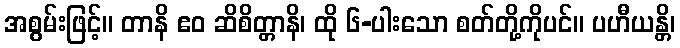
အစွမ်းဖြင့်။ တာနိ ဧဝ ဆိစိတ္တာနိ၊ ထို ၆-ပါးသော စတ်တို့ကိုပင်။ ပဟီယန္တိ၊